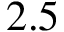
2 . 5